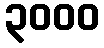
၃၀၀၀